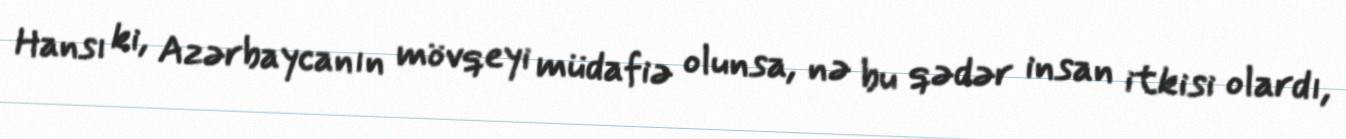
Hansı ki, Azərbaycanın mövqeyi müdafiə olunsa, nə bu qədər insan itkisi olardı,